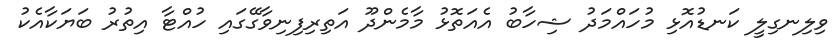
ވިލިނގިލީ ކަނޑުއޮޅި މުހައްމަދު ޝިހާބު އެއަތޮޅު މާމެންދޫ އަތިރިފިނިވާގޭގައި ހުއްޓާ އިތުރު ބަޔަކާއެކު